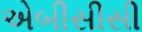
એબીસીસી